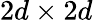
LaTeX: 2d\times 2d